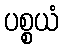
ပစ္စယံ